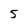
Character: 5